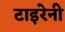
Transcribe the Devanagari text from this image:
टाइरेनी